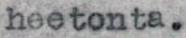
heetonta.